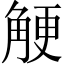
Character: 𧣲